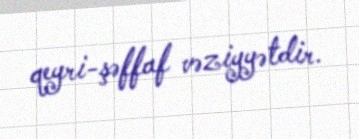
qeyri-şəffaf vəziyyətdir.